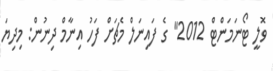
ވޮލީ ޓޯނަމަންޓް 2012" ގެ ފައިނަލް މެޗަށް ފަހު އިނާމް ދިނުން: މިދިޔަ